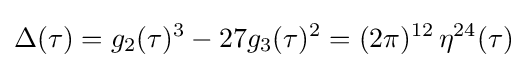
\Delta (\tau )=g_{2}(\tau )^{3}-27g_{3}(\tau )^{2}=(2\pi )^{12}\,\eta ^{24}(\tau )